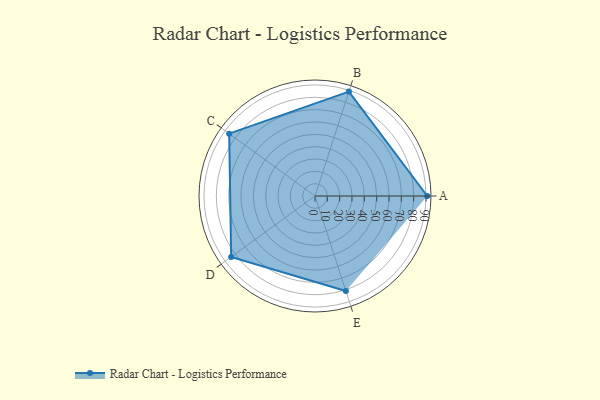
{"axis": {"x": "Skill", "y": "Score"}, "legend": ["Profile"], "data": [{"x": "A", "y": 91.0, "type": "Profile"}, {"x": "B", "y": 89.0, "type": "Profile"}, {"x": "C", "y": 86.0, "type": "Profile"}, {"x": "D", "y": 84.0, "type": "Profile"}, {"x": "E", "y": 81.0, "type": "Profile"}]}